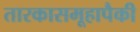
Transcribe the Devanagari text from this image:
तारकासमूहापैकी